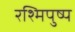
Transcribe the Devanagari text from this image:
रश्मिपुष्प